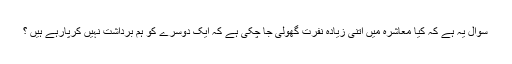
سوال یہ ہے کہ کیا معاشرہ میں اتنی زیادہ نفرت گھولی جا چکی ہے کہ ایک دوسرے کو ہم برداشت نہیں کرپارہے ہیں ؟